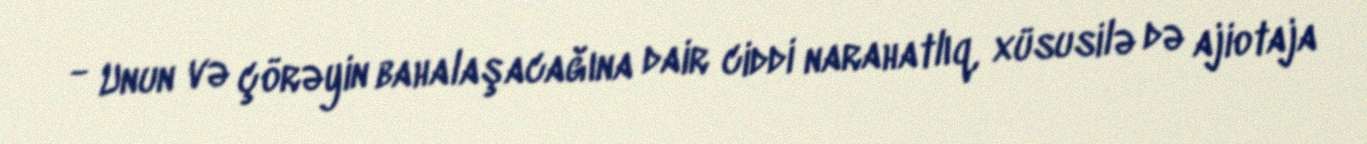
- Unun və çörəyin bahalaşacağına dair ciddi narahatlıq, xüsusilə də ajiotaja